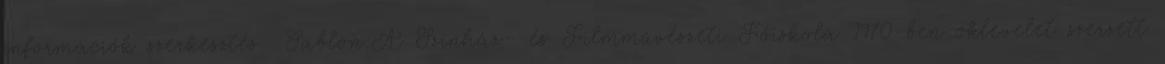
információk szerkesztés Sablon:A Színház- és Filmművészeti Főiskola 1970-ben oklevelet szerzett